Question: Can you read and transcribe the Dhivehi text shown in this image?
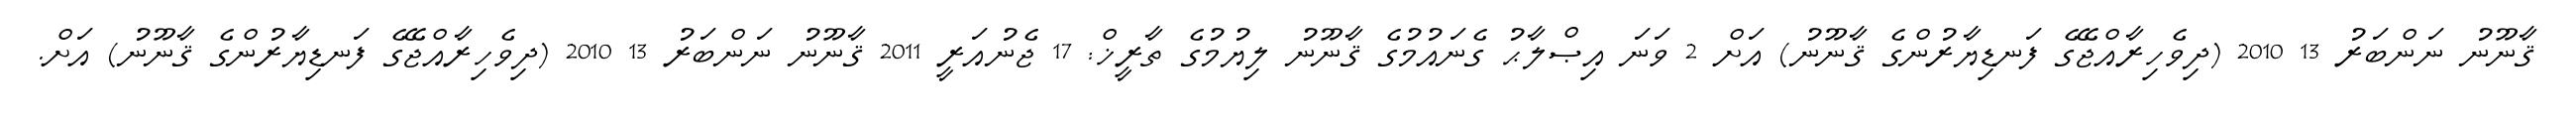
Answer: ޤާނޫނު ނަންބަރު 13 2010 (ދިވެހިރާއްޖޭގެ ފަނޑިޔާރުންގެ ޤާނޫނު) އަށް 2 ވަނަ އިޞްލާޙު ގެނައުމުގެ ޤާނޫނު ލިޔުމުގެ ތާރީޚް: 17 ޖެނުއަރީ 2011 ޤާނޫނު ނަންބަރު 13 2010 (ދިވެހިރާއްޖޭގެ ފަނޑިޔާރުންގެ ޤާނޫނު) އަށް.